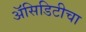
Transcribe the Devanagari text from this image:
अॅसिडिटीचा